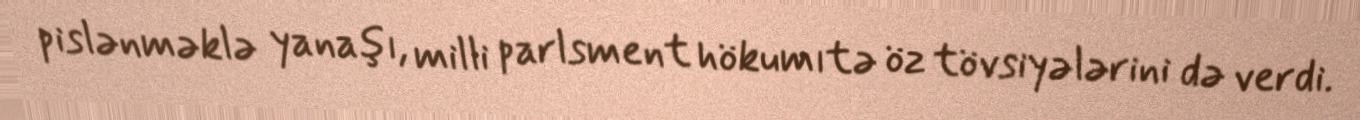
pislənməklə yanaşı, milli parlsment hökumıtə öz tövsiyələrini də verdi.